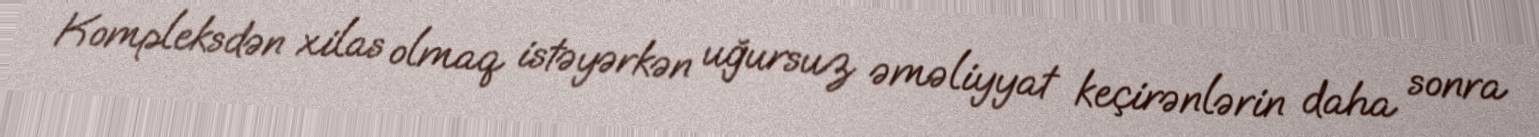
Kompleksdən xilas olmaq istəyərkən uğursuz əməliyyat keçirənlərin daha sonra